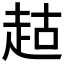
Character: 𬦉